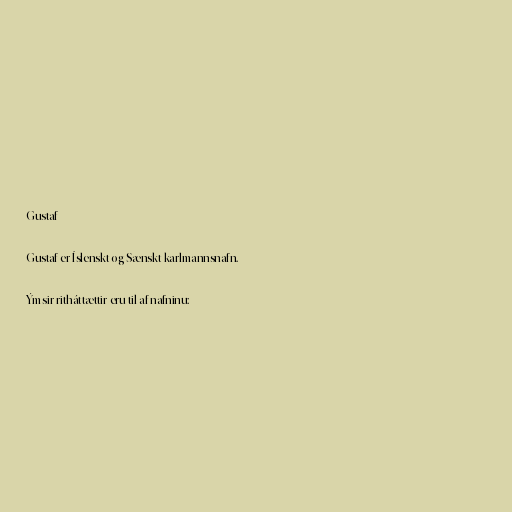
Gustaf

Gustaf er Íslenskt og Sænskt karlmannsnafn.

Ýmsir ritháttættir eru til af nafninu: